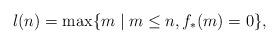
LaTeX: \begin{align*}l(n)=\max\{m\mid m\le n, f_*(m)=0\}, \end{align*}